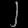
Digit: ၂